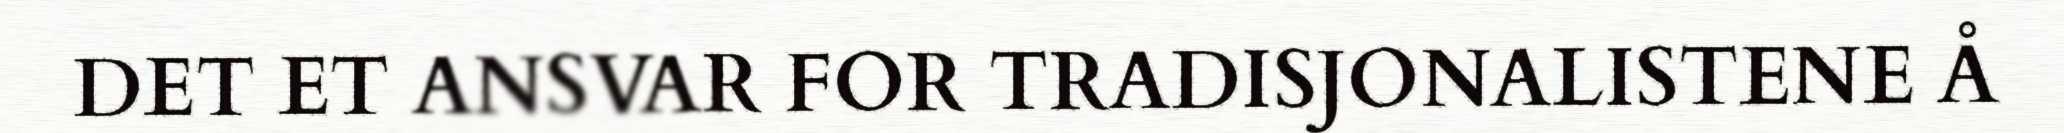
DET ET ANSVAR FOR TRADISJONALISTENE Å